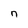
Character: n